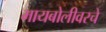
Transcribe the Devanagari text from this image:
मायबोलीवरचे